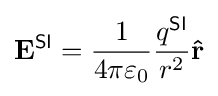
\mathbf {E} ^{\textsf {SI}}={\frac {1}{4\pi \varepsilon _{0}}}{\frac {q^{\textsf {SI}}}{r^{2}}}\mathbf {\hat {r}}